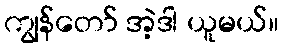
ကျွန်တော် အဲ့ဒါ ယူမယ်။